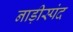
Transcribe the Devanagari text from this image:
नाड़ीस्पंद